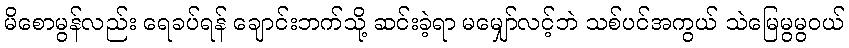
မိစောမွန်လည်း ရေခပ်ရန် ချောင်းဘက်သို့ ဆင်းခဲ့ရာ မမျှော်လင့်ဘဲ သစ်ပင်အကွယ် သဲမြေမွမွဝယ်